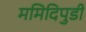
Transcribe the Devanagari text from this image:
ममिदिपुडी